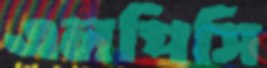
এলপিসি